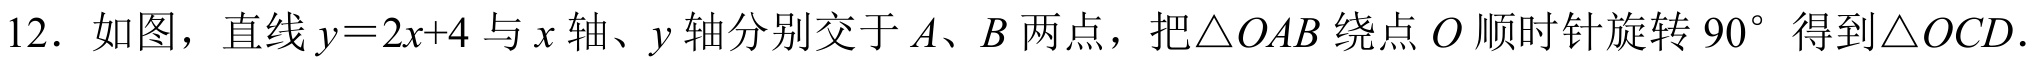
12. 如图，直线\(y = 2x + 4\)与\(x\)轴、\(y\)轴分别交于\(A\)、\(B\)两点，把\(\triangle OAB\)绕点\(O\)顺时针旋转\(90^{\circ}\)得到\(\triangle OCD\).